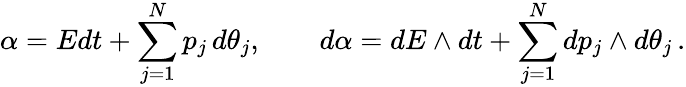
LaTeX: \alpha=Edt+\sum_{j=1}^{N}p_{j}\, d\theta_{j},\qquad d\alpha=dE\wedge dt+\sum_{j=1}^{N}dp_{j}\wedge d\theta_{j}\, .